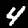
Label: 4